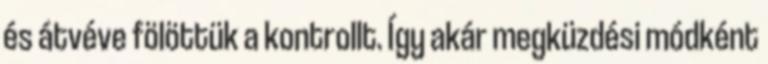
és átvéve fölöttük a kontrollt. Így akár megküzdési módként